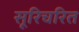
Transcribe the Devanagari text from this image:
सूरिचरित